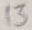
Text: 13